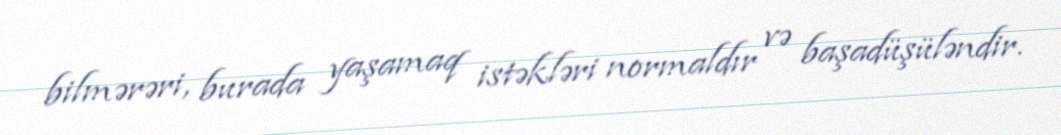
bilmərəri, burada yaşamaq istəkləri normaldır və başadüşüləndir.